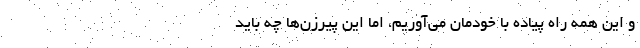
و این همه راه پیاده با خودمان می‌آوریم، اما این پیرزن‌ها چه باید